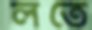
লতে